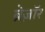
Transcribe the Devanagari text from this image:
ब्रेज़ाॅर